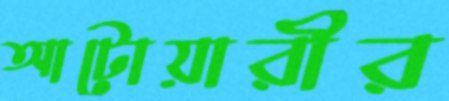
আটোয়ারীর